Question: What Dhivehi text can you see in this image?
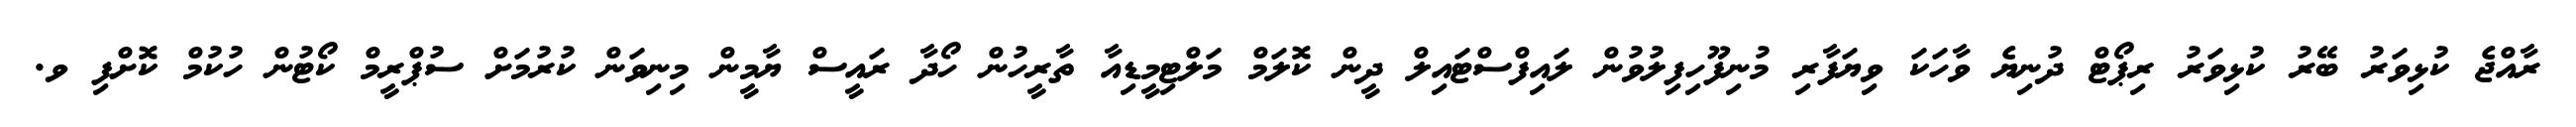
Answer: ރާއްޖެ ކުޅިވަރު ބޭރު ކުޅިވަރު ރިޕޯޓް ދުނިޔެ ވާހަކަ ވިޔަފާރި މުނިފޫހިފިލުވުން ލައިފްސްޓައިލް ދީން ކޮލަމް މަލްޓިމީޑިއާ ތާރީހުން ހޯދާ ރައީސް ޔާމީން މިނިވަން ކުރުމަށް ސުޕްރީމް ކޯޓުން ހުކުމް ކޮށްފި ވ.